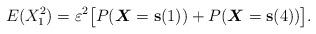
LaTeX: \begin{align*}E(X_1^2)=\varepsilon^2 \big[P(\boldsymbol{X}=\mathbf{s}(1))+P(\boldsymbol{X}=\mathbf{s}(4))\big].\end{align*}